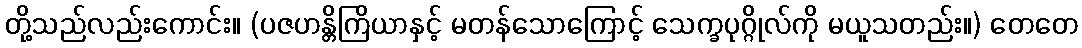
တို့သည်လည်းကောင်း။ (ပဇဟန္တိကြိယာနှင့် မတန်သောကြောင့် သေက္ခပုဂ္ဂိုလ်ကို မယူသတည်း။) တေတေ